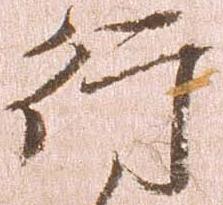
行